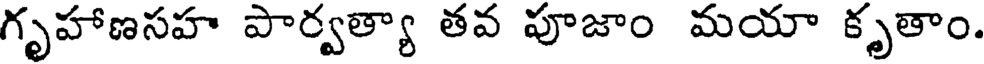
గృహాణసహ పార్వత్యా తవ పూజాం మయా కృతాం.